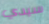
سيدي